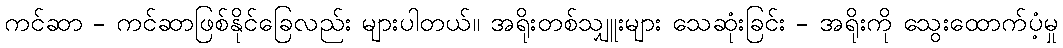
ကင်ဆာ - ကင်ဆာဖြစ်နိုင်ခြေလည်း များပါတယ်။ အရိုးတစ်သျှူးများ သေဆုံးခြင်း - အရိုးကို သွေးထောက်ပံ့မှု